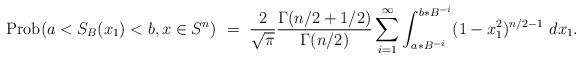
LaTeX: \begin{align*}{\rm Prob}(a<S_B(x_1)<b,x\in S^n) \ = \ \frac{2}{\sqrt{\pi}}\frac{\Gamma(n/2+1/2)}{\Gamma(n/2)}\sum_{i=1}^\infty \int_{a*B^{-i}}^{b*B^{-i}}(1-x_1^2)^{n/2-1}\ dx_1.\end{align*}